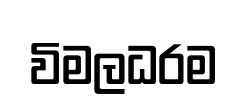
විමලධරම